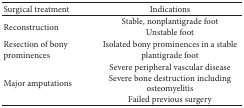
| Surgical treatment | Indications |
 | --- | --- |
 | Reconstruction | Stable, nonplantigrade footUnstable foot |
 | Resection of bony prominences | Isolated bony prominences in a stable plantigrade foot |
 | Major amputations | Severe peripheral vascular diseaseSevere bone destruction including osteomyelitisFailed previous surgery |